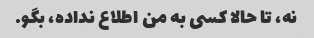
نه، تا حالا کسی به من اطلاع نداده، بگو.